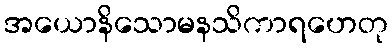
အယောနိသောမနသိကာရဟေတု